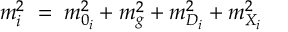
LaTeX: m _ { i } ^ { 2 } \; = \; m _ { 0 _ { i } } ^ { 2 } + m _ { g } ^ { 2 } + m _ { D _ { i } } ^ { 2 } + m _ { X _ { i } } ^ { 2 }